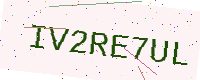
Text: IV2RE7UL